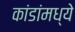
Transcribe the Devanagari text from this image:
कांडांमध्ये